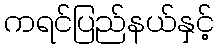
ကရင်ပြည်နယ်နှင့်